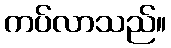
ကပ်လာသည်။